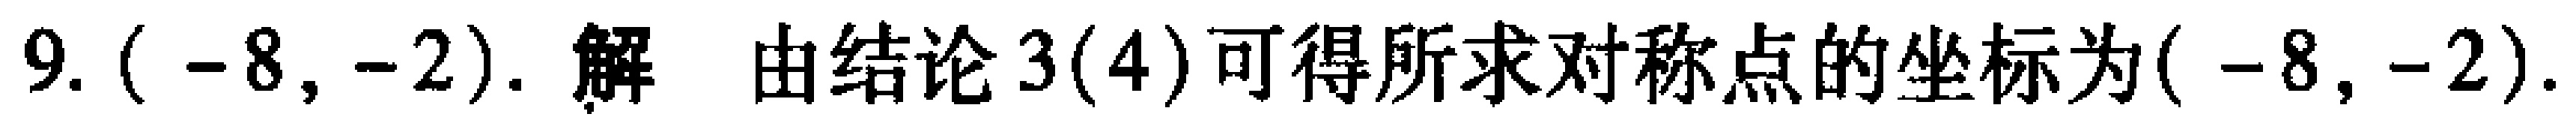
9. \((-8,-2)\). 解 由结论3(4)可得所求对称点的坐标为\((-8,-2)\).